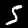
Label: 5